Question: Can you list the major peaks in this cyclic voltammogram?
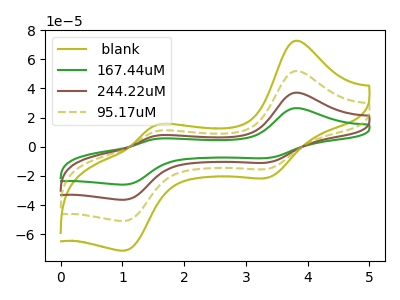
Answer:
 <answer>The olive curve " blank" has anodic peaks at (3.80V, 111.15uA) (1.55V, 22.60uA) and cathodic peaks at (3.35V, -32.80uA) (1.05V, -109.05uA). The green curve "167.44uM" has anodic peaks at (3.80V, 26.45uA) (1.55V, 5.40uA) and cathodic peaks at (3.35V, -7.80uA) (1.05V, -25.95uA). The brown curve "244.22uM" has anodic peaks at (3.80V, 37.05uA) (1.55V, 7.55uA) and cathodic peaks at (3.35V, -10.95uA) (1.05V, -36.35uA). The olive dashed curve "95.17uM" has anodic peaks at (3.80V, 74.10uA) (1.55V, 15.10uA) and cathodic peaks at (3.35V, -21.85uA) (1.05V, -72.70uA).</answer>
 <eval></eval>